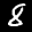
Label: 8